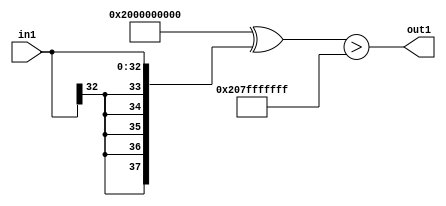
`timescale 1ps / 1ps
/*****************************************************************************
    Verilog RTL Description
    
    
    Created by: Stratus DpOpt 2019.1.01 
*******************************************************************************/

module avg_pool_GtiLLs33_1 (
	in1,
	out1
	); /* architecture "behavioural" */ 
input [32:0] in1;
output  out1;
wire  asc001;

assign asc001 = ((38'B10000000000000000000000000000000000000 ^ {{5{in1[32]}}, in1})>(38'B10000000000000000000000000000000000000
    ^ 38'B00000001111111111111111111111111111111));

assign out1 = asc001;
endmodule

/* CADENCE  uLL4TAw= : u9/ySgnWtBlWxVPRXgAZ4Og= ** DO NOT EDIT THIS LINE ******/